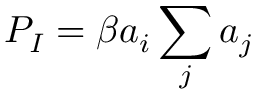
{ P _ { I } = \beta a _ { i } \sum _ { j } a _ { j } }